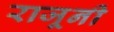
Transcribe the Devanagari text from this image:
राजूनी